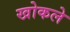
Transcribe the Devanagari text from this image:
खोकले